Sanitation, dispensaries and jails vaccination Rajputana 1922-1927 - 1922-1927
Year: 1922
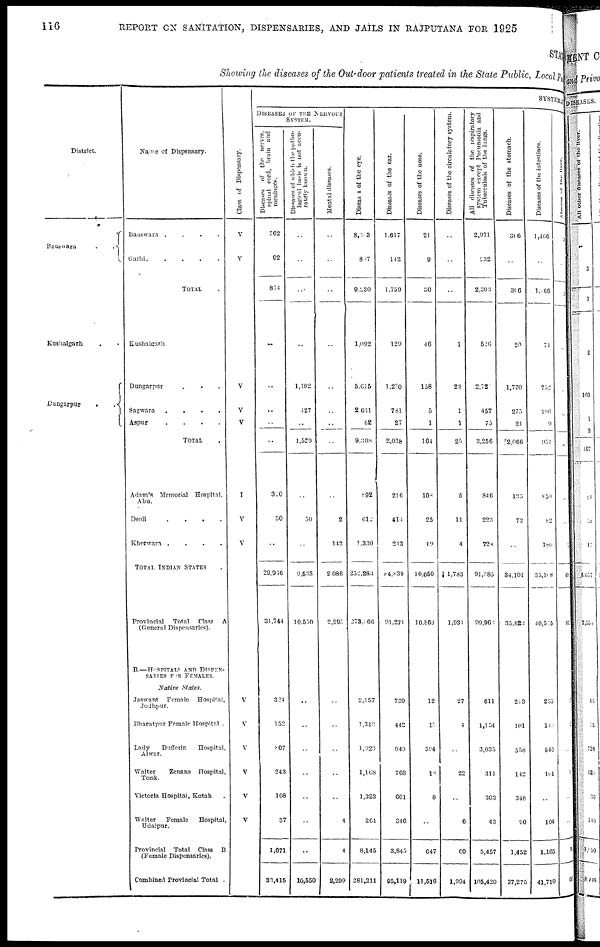
116
REPORT ON SANITATION, DISPENSARIES, AND JAILS IN RAJPUTANA FOR 1925
STATE
Showing the diseases of the Out-door patients treated in the State Public, Local Fund
District.
Banswara ..
Kushalgarh ..
Dungarpur
..
Name of Dispensary.
Banswara
.
.
.
.
Garhi.....
TOTAL .
Kushalgarh
Dungarpur
Sagwara
.
.
.
.
Aspur
.
.
.
.
TOTAL .
Adam's Memorial Hospital,
Abu.
Deoli
.
.
.
.
Kherwara
.
.
.
.
TOTAL INDIAN STATES .
Provincial
Total
Class A
(General Dispensaries).
B.—HOSPITALS AND DISPEN¬
SARIES FOR FEMALES.
Native
states.
Jaswant
Female
Hospital,
Jodhpur.
Bharatpur Female Hospital .
Lady
Dufferin
Hospital,
Alwar.
Walter
Zenana
Hospital,
Tonk.
Victoria Hospital, Kotah .
Walter
Female
Hospital
Udaipur.
Provincial
Total
Class B
(Female Dispensaries).
Combined Provincial Total .
Class of Dispensary.
V
V
V
V
V
I
V
V
V
V
V
V
V
V
SYSTEMIC
DISEASES OF THE NERVOUS
SYSTEM.
Diseases of the nerves,
spinal cord, brain and
meninges.
762
92
854
..
..
..
..
..
320
50
..
29,936
31,744
324
152
807
243
108
37
1,671
33,415
Diseases of which
the patho¬
logical basis is not accu-
rately known.
..
..
..
..
1,102
427
..
1,529
..
50
..
9,533
10,550
..
..
..
..
..
..
..
10,550
Mental diseases.
..
..
..
..
..
..
..
..
..
2
143
2,086
2,205
..
..
..
..
..
4
4
2,299
Diseases of the eye.
8,333
897
9,230
1,092
5,615
2,631
62
9,308
892
612
1,330
252,283
278,066
2,157
1,313
1,920
1,168
1,323
264
8,145
281,211
Diseases of the ear.
1,617
142
1,759
129
1,230
781
27
2,038
216
414
213
84,839
91,271
739
442
949
768
601
346
3,845
95,119
Diseases of the nose.
21
9
30
46
158
5
1
164
108
25
19
10,050
10,869
12
15
594
18
8
..
647
11,516
Diseases of the circulatory system.
..
..
..
1
23
1
1
25
5
11
4
1,783
1,934
27
4
..
22
..
6
60
1,994
All diseases of the respiratory
system except Pneumonia and
Tuberculosis of the lungs.
2,971
232
2,303
526
2,727
457
75
3,256
846
223
728
91,585
99,963
611
1,154
3,035
311
303
43
5,457
105,420
Diseases of the stomach.
306
..
306
20
1,770
275
21
2,066
135
72
..
34,101
35,823
213
101
558
142
348
90
1,452
37,275
Diseases of the intestines.
1,466
..
1,466
74
752
190
9
951
850
82
180
35,108
40,515
265
149
546
101
..
104
1,165
41,710
Abscess of the liver.
24
..
24
..
..
..
..
..
..
1
636
641
1
1
..
1
..
..
14
655